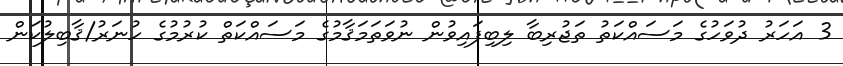
3 އަހަރު ދުވަހުގެ މަސައްކަތު ތަޖުރިބާ ލިބިފައިވުން ނުވަތަމަޤާމުގެ މަސައްކަތް ކުރުމުގެ ހުނަރު/ޤާބިލުކަން